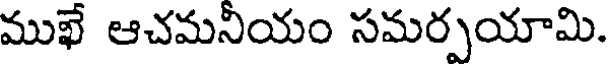
ముఖే ఆచమనీయం సమర్పయామి.